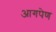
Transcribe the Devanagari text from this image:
आगपेण